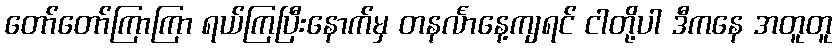
တော်တော်ကြာကြာ ရယ်ကြပြီးနောက်မှ တနင်္လာနေ့ကျရင် ငါတို့ပါ ဒီကနေ အတူတူ